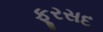
ફૂરસદ